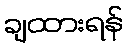
ချထားရန်